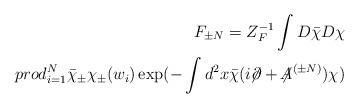
LaTeX: \begin{align*}F_{\pm N} = Z_F^{-1} \int D\bar\chi D\chi\\prod_{i = 1}^N \bar \chi_\pm \chi_\pm(w_i)\exp(-\int d^2x \bar \chi (i\!\!\not\!\partial +{\not\!\! A}^{(\pm N)})\chi )\end{align*}